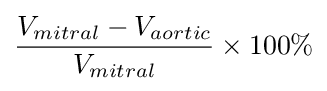
{\frac {V_{mitral}-V_{aortic}}{V_{mitral}}}\times 100\%